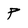
Character: p